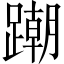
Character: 𨅹